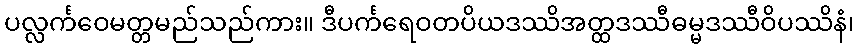
ပလ္လင်္ကဝေမတ္တမည်သည်ကား။ ဒီပင်္ကရေဝတပိယဒဿိအတ္ထဒဿီဓမ္မဒဿီဝိပဿိနံ၊